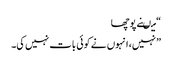
“ میںنے پوچھا
” نہیں، انہوں نے کوئی بات نہیں کی۔